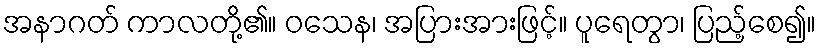
အနာဂတ် ကာလတို့၏။ ဝသေန၊ အပြားအားဖြင့်။ ပူရေတွာ၊ ပြည့်စေ၍။